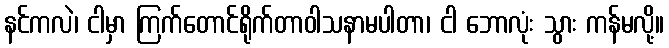
နင်ကလဲ၊ ငါမှာ ကြက်တောင်ရိုက်တာဝါသနာမပါတာ၊ ငါ ဘောလုံး သွား ကန်မလို့။